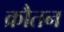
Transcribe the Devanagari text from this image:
क्रौतन